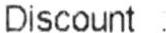
DISCOUNT :